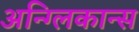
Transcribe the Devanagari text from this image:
अन्ग्लिकान्स